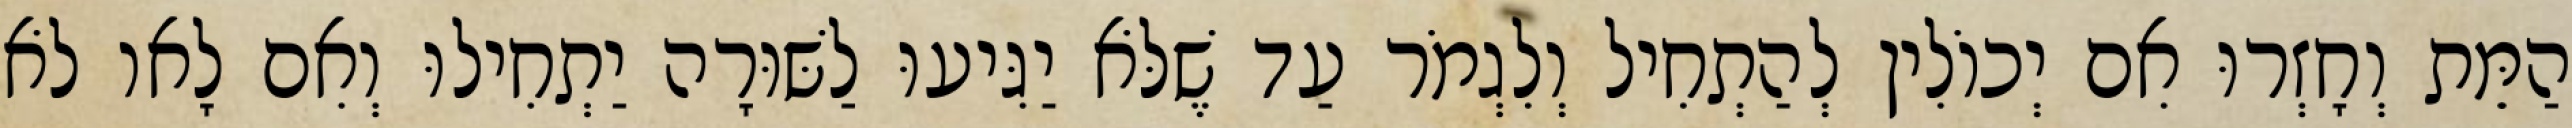
הַמֵּת וְחָזְרוּ אִם יְכוֹלִין לְהַתְחִיל וְלִגְמֹר עַד שֶׁלֹּא יַגִּיעוּ לַשּׁוּרָה יַתְחִילוּ וְאִם לָאו לֹא